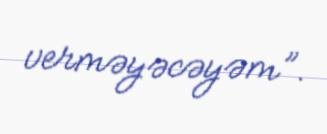
verməyəcəyəm”.